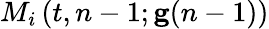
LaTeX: M_{i}\left(t,n-1;\mathbf{g}(n-1)\right)